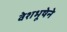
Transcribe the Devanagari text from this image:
वेशभूषेने